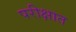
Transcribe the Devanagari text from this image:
परीक्षात